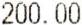
200.00